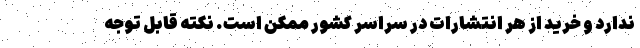
ندارد و خرید از هر انتشارات در سراسر کشور ممکن است. نکته قابل توجه